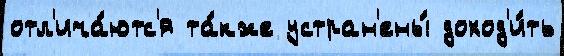
отл'ича́ютс'я та́кже устран'ены́ доход'и́ть